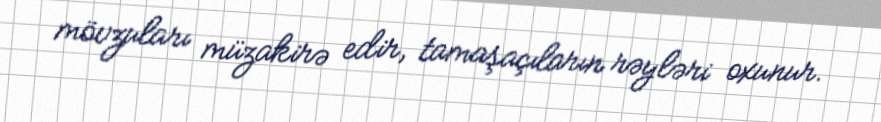
mövzuları müzakirə edir, tamaşaçıların rəyləri oxunur.